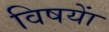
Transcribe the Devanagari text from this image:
विषयाें